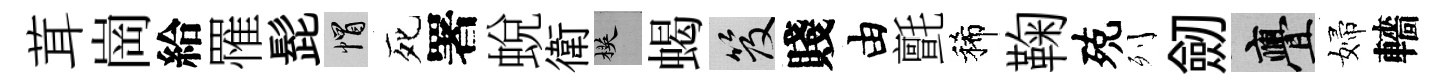
茸崗給罹髭帽死署蛻衛楧蝎笈賤由氈稀鞠殑列劒亹婦轖